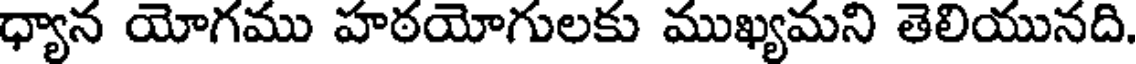
ధ్యాన యోగము హఠయోగులకు ముఖ్యమని తెలియునది